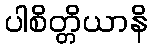
ပါစိတ္တိယာနိ